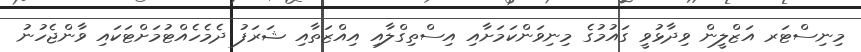
މިނިސްޓަރ އަޒްލީން ވިދާޅުވީ ގައުމުގެ މިނިވަންކަމަށާއި އިސްތިގްލާއި އިއްޒަތާއި ޝަރަފު ދެމެހެއްޓުމަށްޓަކައި ވާންޖެހުނު